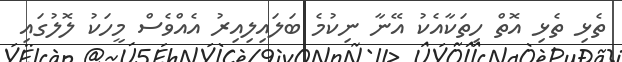
ތެޅި ތެޅި އޮތް ހިތަކާއެކު އޭނާ ނިކުމެ ބަލައިލިއިރު އެއްވެސް މީހަކު ލޮލުގައި